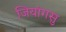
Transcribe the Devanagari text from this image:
जियांगसु